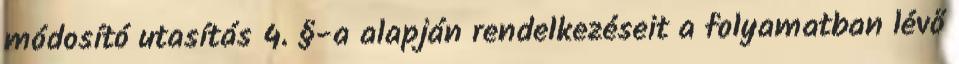
módosító utasítás 4. §-a alapján rendelkezéseit a folyamatban lévő